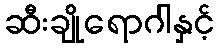
ဆီးချိုရောဂါနှင့်